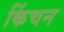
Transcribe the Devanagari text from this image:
किंचन